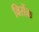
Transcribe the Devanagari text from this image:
विसेंक